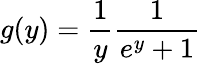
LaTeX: g(y)=\frac{1}{y}\frac{1}{e^{y}+1}